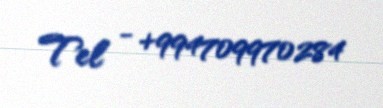
Tel - +994709970284